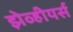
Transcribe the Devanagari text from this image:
झेव्हीयर्स